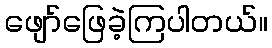
ဖျော်ဖြေခဲ့ကြပါတယ်။